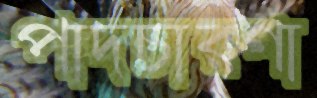
পাদচারণা